Proceedings of the meeting of veterinary officers in India
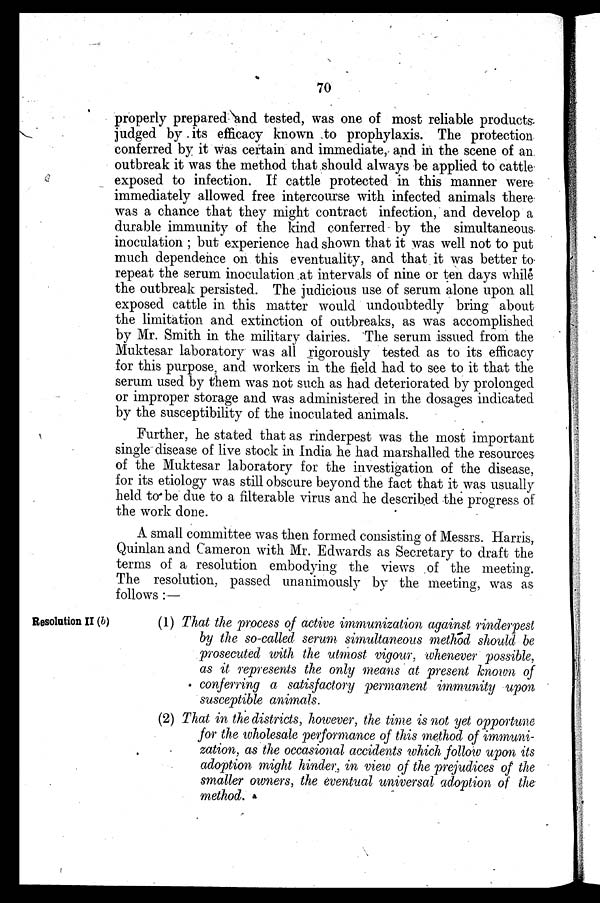
70
properly prepared and tested, was one of most reliable products
judged by its efficacy known to prophylaxis. The protection
conferred by it was certain and immediate, and in the scene of an
outbreak it was the method that should always be applied to cattle
exposed to infection. If cattle protected in this manner were
immediately allowed free intercourse with infected animals there
was a chance that they might contract infection, and develop a
durable immunity of the kind conferred by the simultaneous
inoculation; but experience had shown that it was well not to put
much dependence on this eventuality, and that it was better to
repeat the serum inoculation at intervals of nine or ten days while
the outbreak persisted. The judicious use of serum alone upon all
exposed cattle in this matter would undoubtedly bring about
the limitation and extinction of outbreaks, as was accomplished
by Mr. Smith in the military dairies. The serum issued from the
Muktesar laboratory was all rigorously tested as to its efficacy
for this purpose, and workers in the field had to see to it that the
serum used by them was not such as had deteriorated by prolonged
or improper storage and was administered in the dosages indicated
by the susceptibility of the inoculated animals.
Further, he stated that as rinderpest was the most important
single disease of live stock in India he had marshalled the resources
of the Muktesar laboratory for the investigation of the disease,
for its etiology was still obscure beyond the fact that it was usually
held to be due to a filterable virus and he described the progress of
the work done.
A small committee was then formed consisting of Messrs. Harris,
Quinlan and Cameron with Mr. Edwards as Secretary to draft the
terms of a resolution embodying the views of the meeting.
The resolution, passed unanimously by the meeting, was as
follows:—
Resolution II (b)
(1) That the process of active immunization against rinderpest
by the so-called serum simultaneous method should be
prosecuted with the utmost vigour, whenever possible,
as it represents the only means at present known of
conferring a satisfactory permanent immunity upon
susceptible animals.
(2) That in the districts, however, the time is not yet opportune
for the wholesale performance of this method of immuni-
zation, as the occasional accidents which follow upon its
adoption might hinder, in view of the prejudices of the
smaller owners, the eventual universal adoption of the
method.